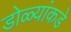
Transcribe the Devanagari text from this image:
डोळ्यांकडे